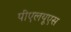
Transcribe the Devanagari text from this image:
पीएलयूएस